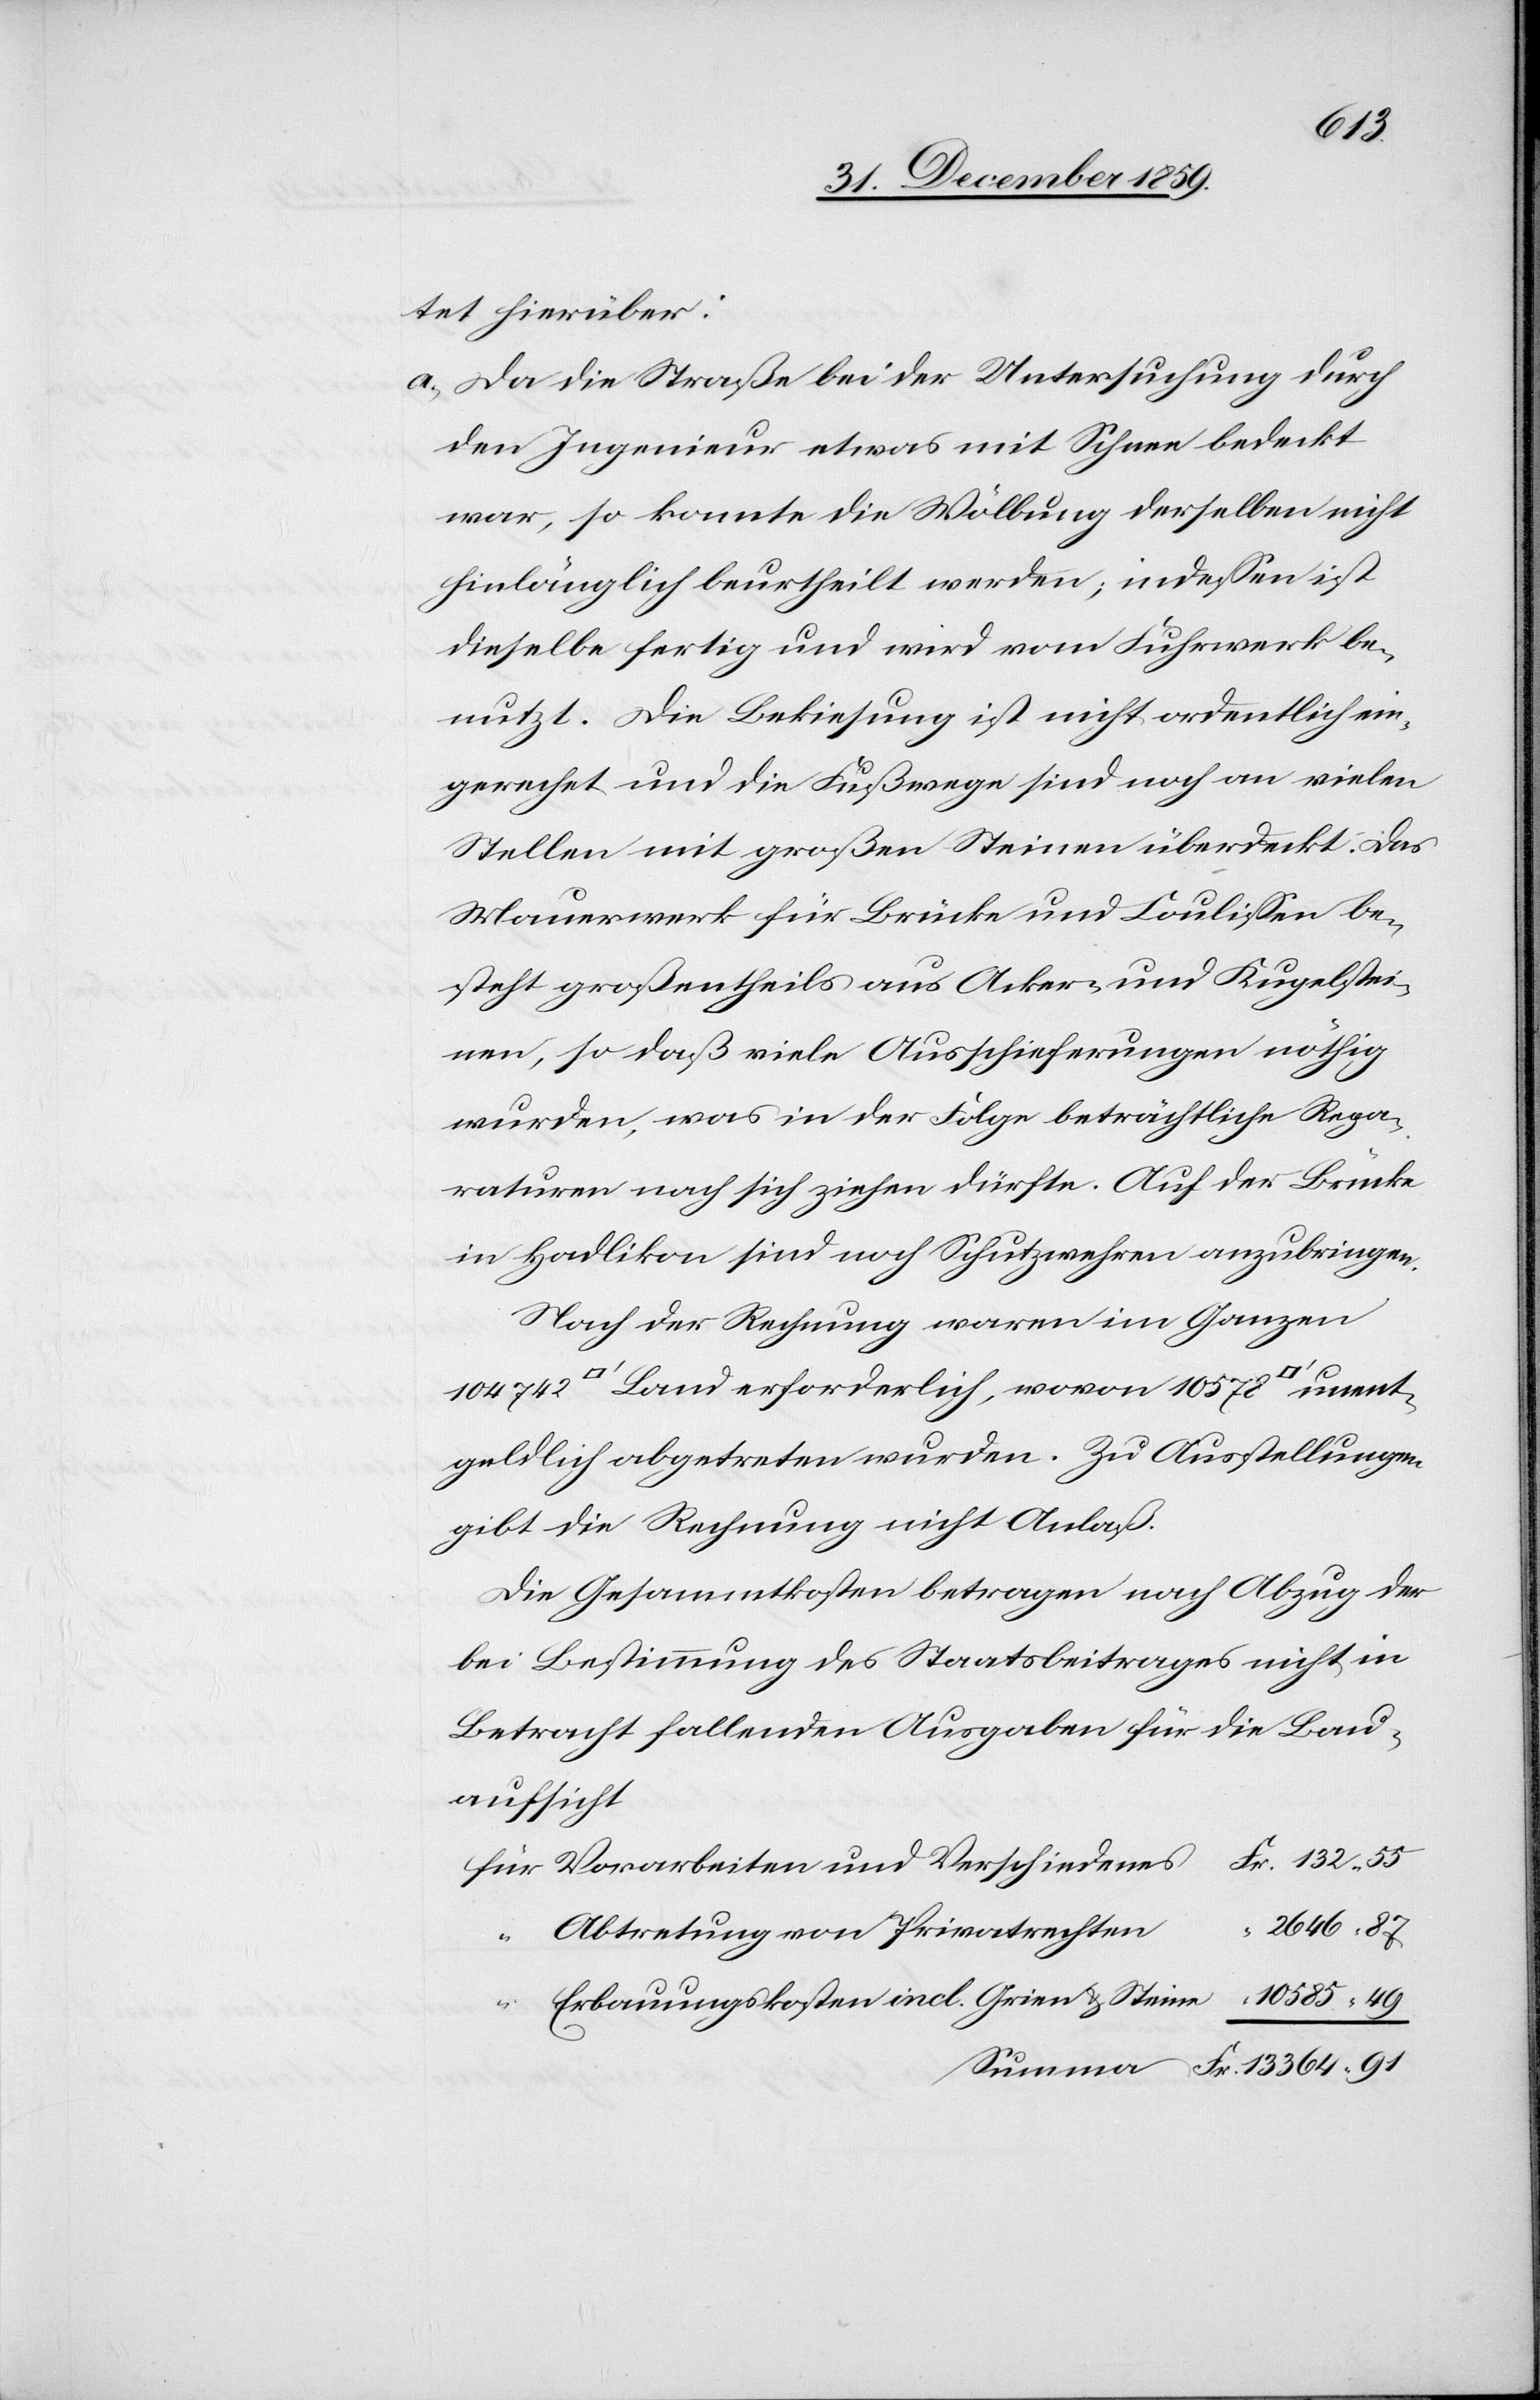
132
tet hierüber:
a.) Da die Straße bei der Untersuchung durch
den Ingenieur etwas mit Schnee bedeckt
war, so konnte die Wölbung derselben nicht
hinlänglich beurtheilt werden; indessen ist
dieselbe fertig und wird vom Fuhrwerk be¬
nutzt. Die Bekiesung ist nicht ordentlich ein¬
gerechet und die Fußwege sind noch an vielen
Stellen mit großen Steinen überdeckt. Das
Mauerwerk für Brücke und Coulissen be¬
steht großentheils aus Acker- und Kugelstei¬
nen, so daß viele Ausschieferungen nöthig
wurden, was in der Folge beträchtliche Repa¬
raturen nach sich ziehen dürfte. Auf der Brücke
in Hadlikon sind noch Schutzwehren anzubringen.
Nach der Rechnung waren im Ganzen
[Quadratfuß] Land erforderlich, wovon 10 578
geldlich abgetreten wurden. Zu Ausstellungen
gibt die Rechnung nicht Anlaß.
Die Gesammtkosten betragen nach Abzug der
bei Bestimmung des Staatsbeitrages nicht in
Betracht fallenden Ausgaben für die Bau¬
aufsicht
10 585
Abtretung von Privatrechten
Erbauungskosten incl. Grien & Steine